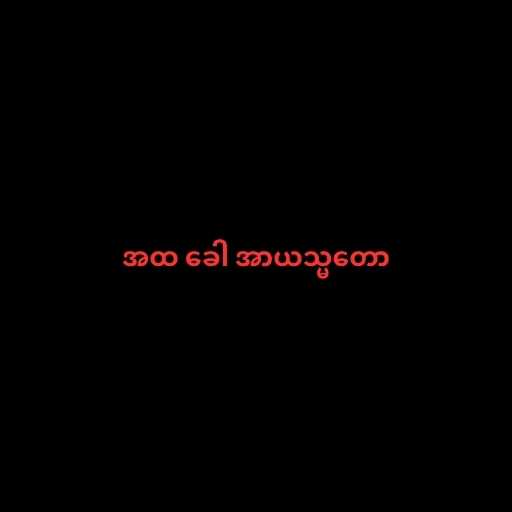
အထ ခေါ အာယသ္မတော